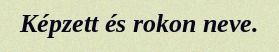
Képzett és rokon neve.